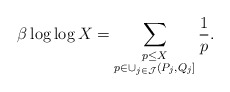
\begin{align*}\beta \log \log X = \sum_{\substack{p \leq X \\ p \in \cup_{j \in \mathcal{J}} (P_j, Q_j]}} \frac{1}{p}.\end{align*}